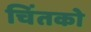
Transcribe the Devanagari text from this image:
चिंतको